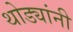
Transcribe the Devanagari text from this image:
थोड्यांनी